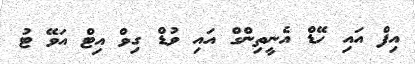
އިފް އައި ހޭޑް އެނީތިންގް އައި ވުޑް ގިވް އިޓް އަވޭ ޓު